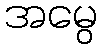
အမွေ